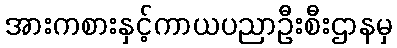
အားကစားနှင့်ကာယပညာဦးစီးဌာနမှ